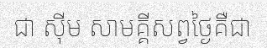
ជា ស៊ីម សាមគ្គីសព្វថ្ងៃគឺជា